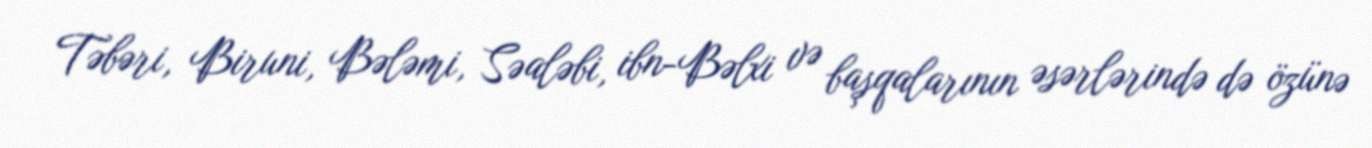
Təbəri, Biruni, Bələmi, Səaləbi, ibn-Bəlxi və başqalarının əsərlərində də özünə